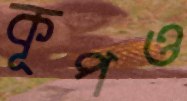
কূপও